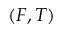
( F , T )